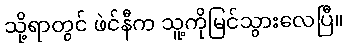
သို့ရာတွင် ဖဲင်နီက သူ့ကိုမြင်သွားလေပြီ။